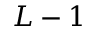
L - 1